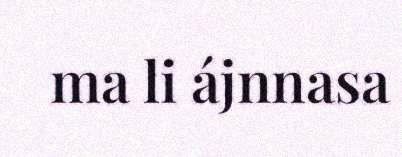
ma li ájnnasa